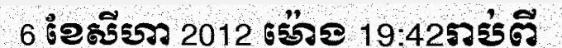
6 ខែសីហា 2012 ម៉ោង 19:42រាប់ពី